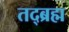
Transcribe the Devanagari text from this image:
तद्ब्रह्म